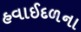
હવાઈદળના